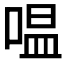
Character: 嗢